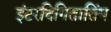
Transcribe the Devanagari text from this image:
इंटरदिगितातिंग